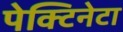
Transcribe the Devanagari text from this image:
पेक्टिनेटा